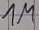
Text: 1M